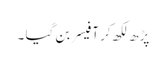
پڑھ لکھ کر آفیسر بن گیا ۔